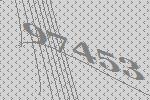
97453